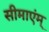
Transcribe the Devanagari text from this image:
सीमाएंम्